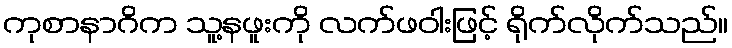
ကုစာနာဂိက သူ့နဖူးကို လက်ဖဝါးဖြင့် ရိုက်လိုက်သည်။